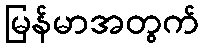
မြန်မာအတွက်